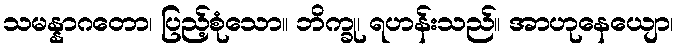
သမန္နာဂတော၊ ပြည့်စုံသော။ ဘိက္ခု၊ ရဟန်းသည်။ အာဟုနေယျော၊